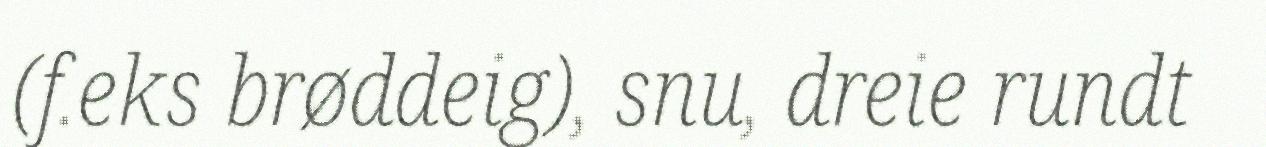
(f.eks brøddeig), snu, dreie rundt